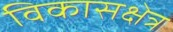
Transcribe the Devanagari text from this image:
विकासक्षेत्र